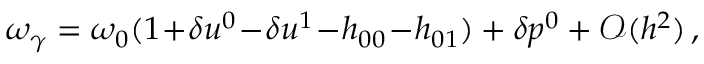
\begin{array} { r } { \omega _ { \gamma } = \omega _ { 0 } ( 1 \! + \! \delta u ^ { 0 } \! - \! \delta u ^ { 1 } \! - \! h _ { 0 0 } \! - \! h _ { 0 1 } ) + \delta p ^ { 0 } + \mathcal { O } ( h ^ { 2 } ) \, , } \end{array}